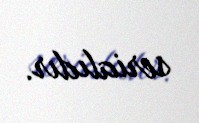
serialıdır.